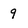
Character: 9